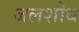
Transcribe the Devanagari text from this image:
जलशोध